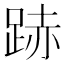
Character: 𨁯